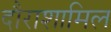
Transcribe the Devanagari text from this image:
दौराशामिल